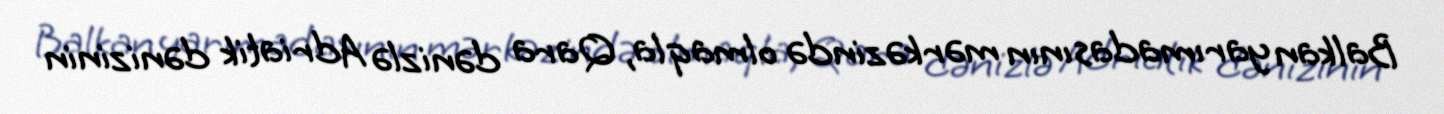
Balkan yarımadasının mərkəzində olmaqla, Qara dənizlə Adriatik dənizinin